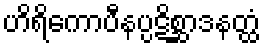
ဟိရိကောပီနပ္ပဋိစ္ဆာဒနတ္ထံ